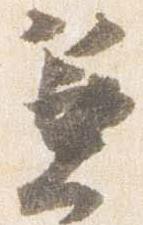
兼